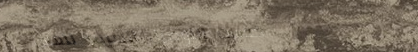
خدمات التوصيل السريع للمس